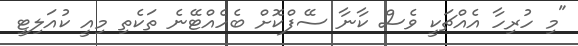
"މި ހުރިހާ އެއްޗަކީ ވެސް ކާނާ ސޭފްކޮށް ބެހެއްޓޭނެ ތަކެތި މިއީ ކުއަލިޓީ